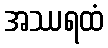
အဿရထံ